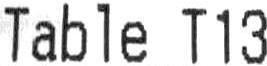
TABLE T13